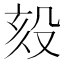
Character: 㱾